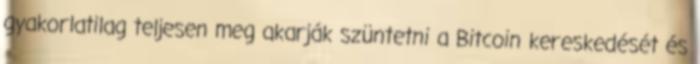
gyakorlatilag teljesen meg akarják szüntetni a Bitcoin kereskedését és